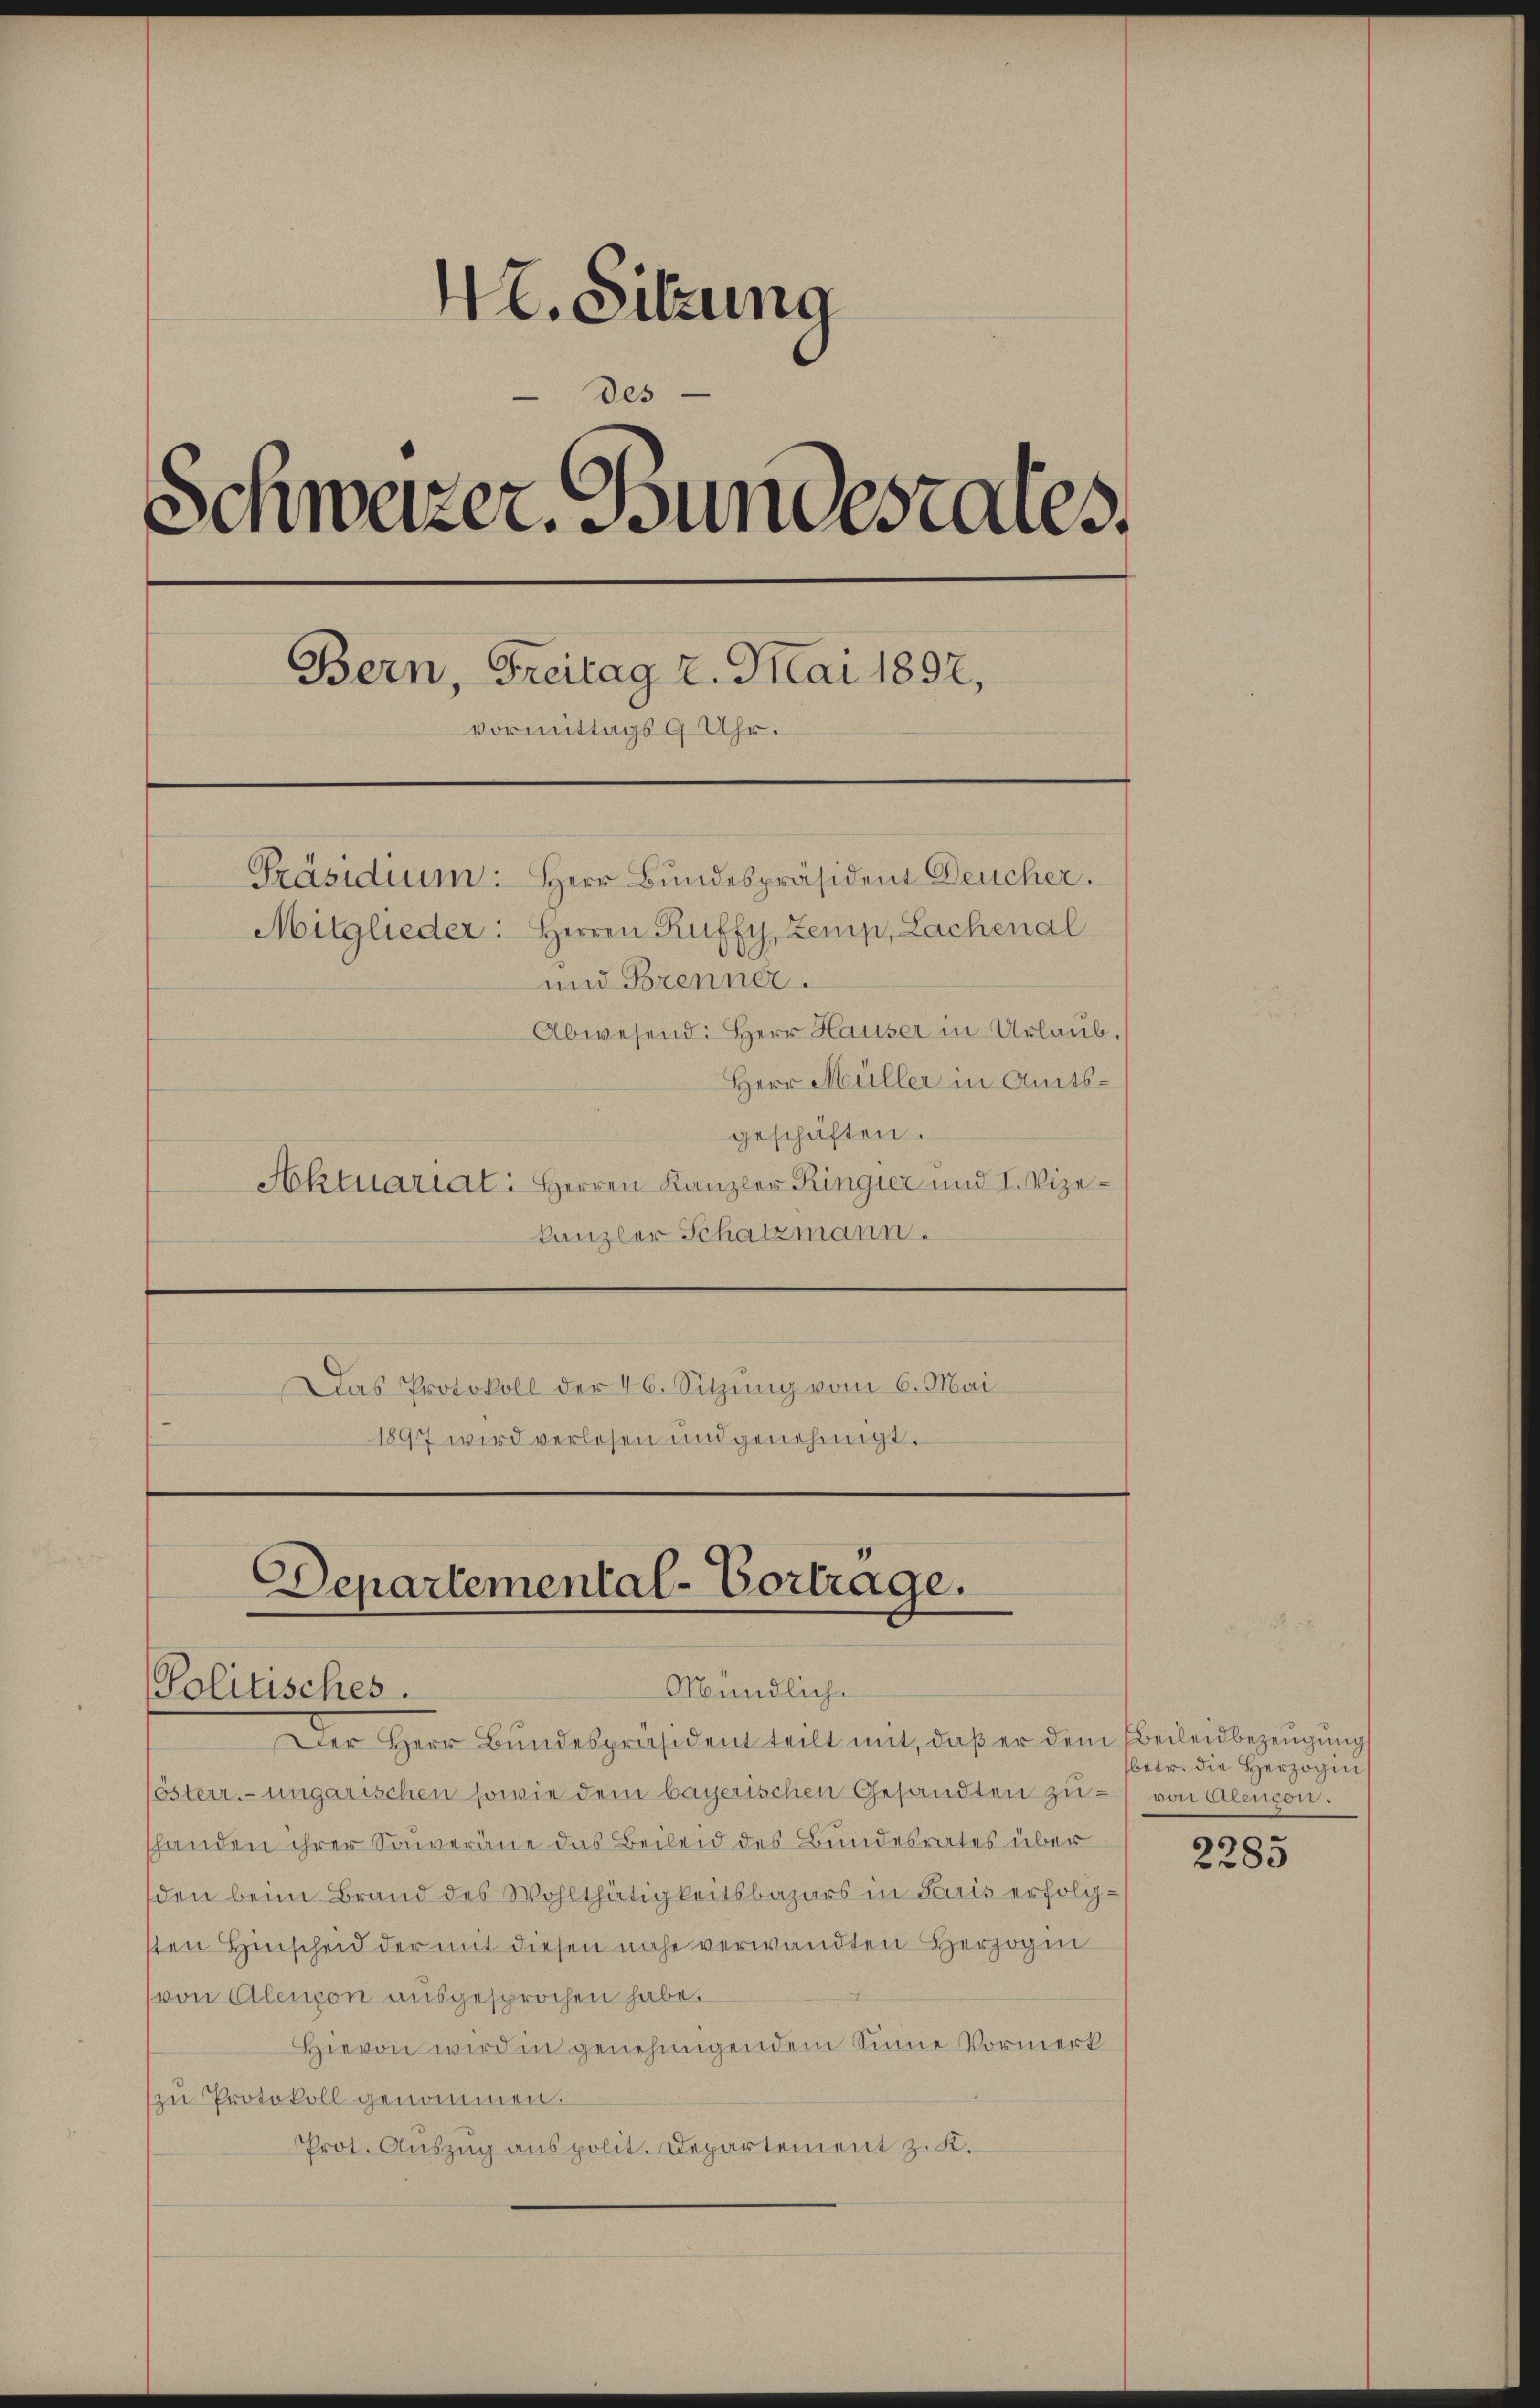
42. Sitzung
des
Schweizer. Jungestales,
Bern, Freitag 2. Mai 1892,
vormittags 9 Uhr.
Präsidium: Herr Bundespräsident Deucher.
Mitglieder: Herren Ruffy, Zemp, Lachenal
und Brenner.
Abwesend: Herr Hauser in Urlaub.
Herr Müller in Amts¬

Departemental-Vortrage.
Mündlich-
Politisches.

geschäften.
Aktuariat: Herren Kanzler Ringier und I. Vizekanzler Schatzmann.
Das Protokoll der 46. Sitzung vom 6. Mai
1897 wird verlesen und genehmigt.

Der Herr Bundespräsident teilt mit, daβ er dem Bereidbezeugung
österr.-ungarischen sowie dem bayerischen Gesandten zu von Alendon.
shanden ihrer Souveräne das Beileid des Bundesrates über
den beim Brand des Wohlthätigkeitsbazars in Paris erfolgsten Hinscheid der mit diesen nahe verwandten Herzogen
von Alenpon ausgesprochen habe.
Hievon wird in genehmigendem Sinne Vormerk
zŭ Protokoll genommen.
Prot. Auszug aus polit. Departement z. K.

betr. die Herzogin

2285